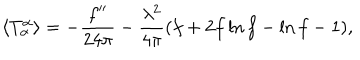
LaTeX: \langle T _ { \alpha } ^ { \alpha } \rangle = - { \frac { f ^ { \prime \prime } } { 2 4 \pi } } - { \frac { \lambda ^ { 2 } } { 4 \pi } } ( f + 2 f \ln f - \ln f - 1 ) ,